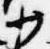
少